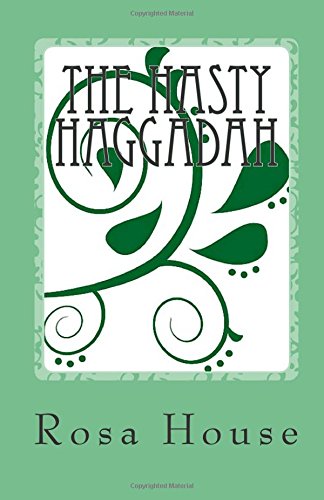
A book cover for The Hasty Haggadah; Rosa House; Religion & Spirituality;